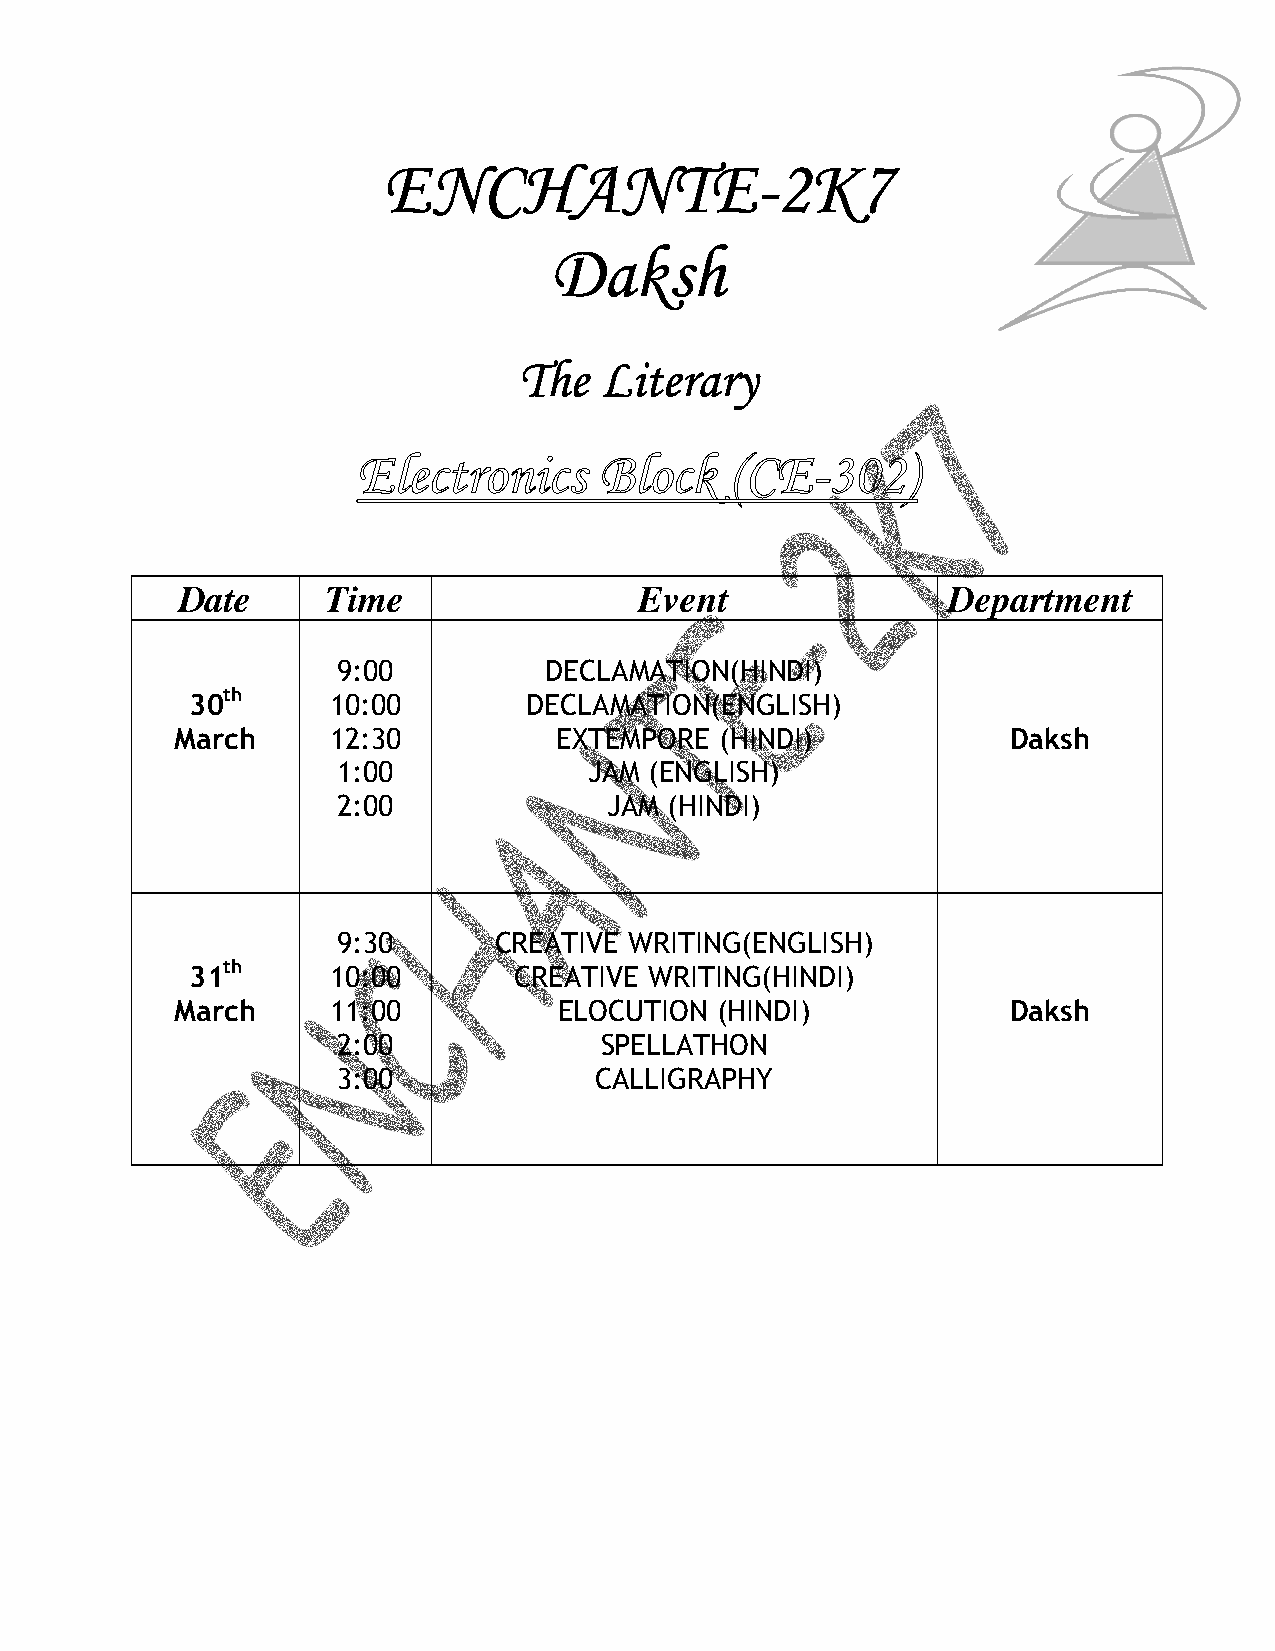
EEEENNNNCCCCHHHHAAAANNNNTTTTEEEE----2222KKKK7777
 DDDDaaaakkkksssshhhh
 TTTThhhheeee LLLLiiiitttteeeerrrraaaarrrryyyy
 Date      Time                Event                Department
 9:00          DECLAMATION(HINDI)
 30th     10:00        DECLAMATION(ENGLISH)
 March     12:30          EXTEMPORE  (HINDI)            Daksh
 1:00             JAM (ENGLISH)
 2:00              JAM (HINDI)
 9:30       CREATIVE WRITING(ENGLISH)
 31th     10:00       CREATIVE WRITING(HINDI)
 March     11:00          ELOCUTION (HINDI)             Daksh
 2:00              SPELLATHON
 3:00             CALLIGRAPHY